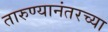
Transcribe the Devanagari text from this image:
तारुण्यानंतरच्या